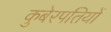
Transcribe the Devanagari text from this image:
कुबेरपतियों